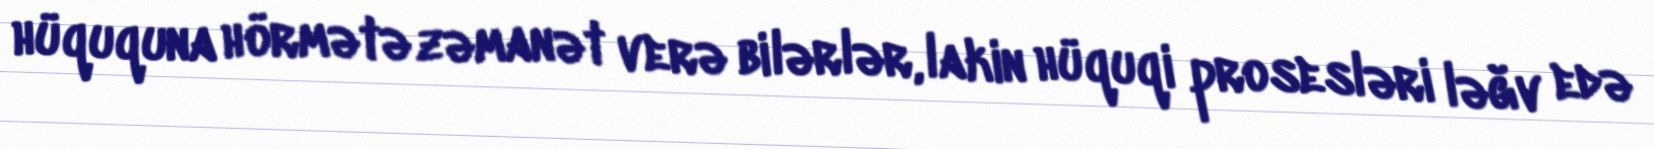
hüququna hörmətə zəmanət verə bilərlər, lakin hüquqi prosesləri ləğv edə